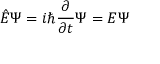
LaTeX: { \hat { E } } \Psi = i \hbar { \frac { \partial } { \partial t } } \Psi = E \Psi